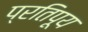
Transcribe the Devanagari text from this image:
प्रतिपूय